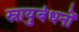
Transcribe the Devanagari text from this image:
स्नायुबंधनों